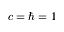
c = \hbar = 1